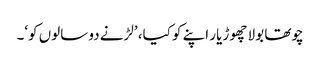
چوتھا بولا چھوڑ یار اپنے کو کیا، ’لڑنے دو سالوں کو‘۔